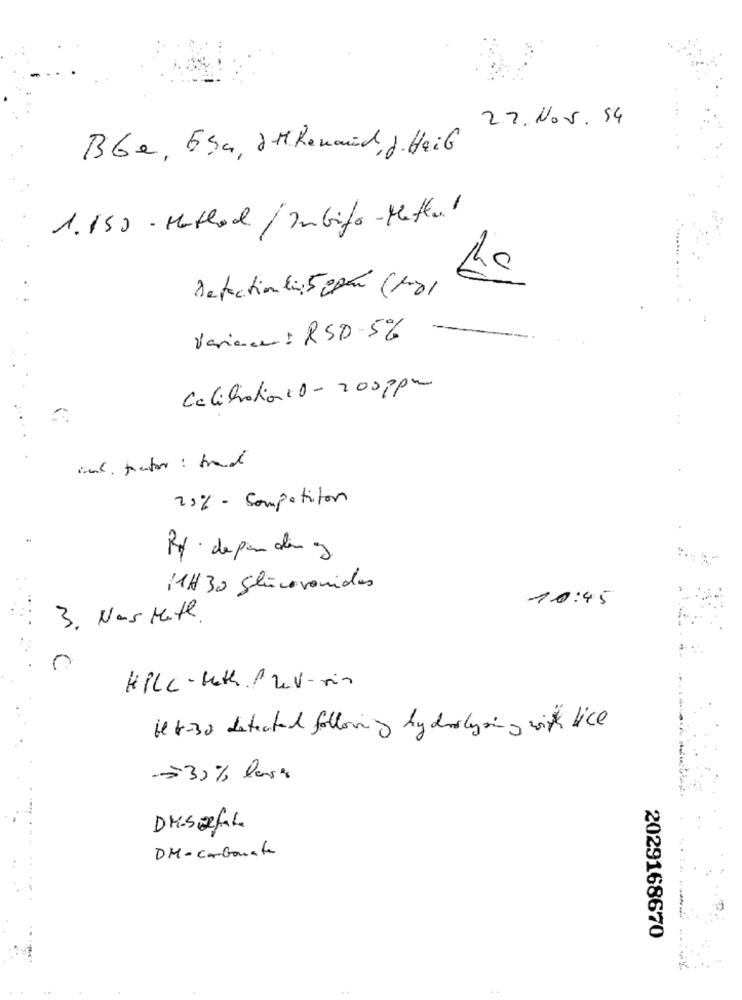
22. Nov. 54
Bbe, Esa, AMRenaud, J. Hail
1. 150 - Method / subito-Metal
the
Detection li 5 cpan (1001
Variace : RSD.5%
Calibration 10 - 200ppm
want factor: brand
20% competitor
Rx . depanden og
11H 30 glicovonidas
10:45
3. Nas Math.
HPLC-Math. Prev-rin
Het-30 detected following hydrolysing with like
->35% lars
DM- Carbonate
2029168670